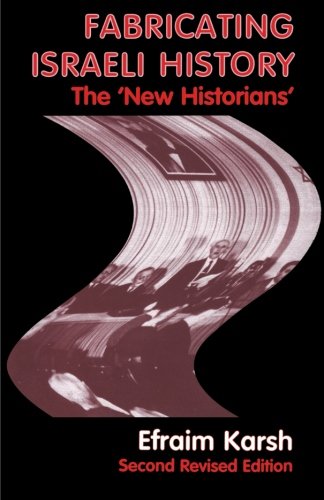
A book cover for Fabricating Israeli History: The 'New Historians' (Israeli History, Politics and Society); Efraim Karsh; History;